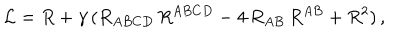
LaTeX: { \cal L } = R + \gamma \, ( R _ { A B C D } \, R ^ { A B C D } - 4 \, R _ { A B } \, R ^ { A B } + R ^ { 2 } ) \, ,